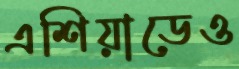
এশিয়াডেও